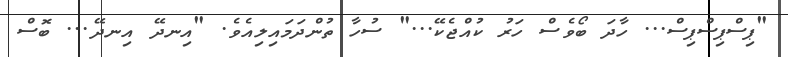
"ޕިސްޕިސްޕިސް... ހާދަ ބޯވެސް ހަރު ކުއްޖެކޭ..." ސުހާ ތުންދަމައިލިއެވެ. "އިނދޭ އިނދޭ... ބޮސް